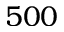
5 0 0